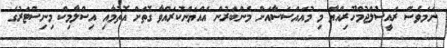
ނަމަވެސް ރައީސުލްޖުމްހޫރިއްޔާ މި މުއައްސަސާއަށް މެންބަރުން އައްޔަންކުރައްވާ ގޮތަށް އޮތުމާއި އިސްލާމިކް މިނިސްޓަރުގެ